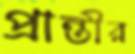
প্রান্তীর